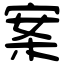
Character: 案